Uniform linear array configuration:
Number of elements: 64
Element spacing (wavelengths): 0.25
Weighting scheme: hann
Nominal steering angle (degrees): -60
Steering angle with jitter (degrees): -59.34
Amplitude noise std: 0.05
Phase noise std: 0.05

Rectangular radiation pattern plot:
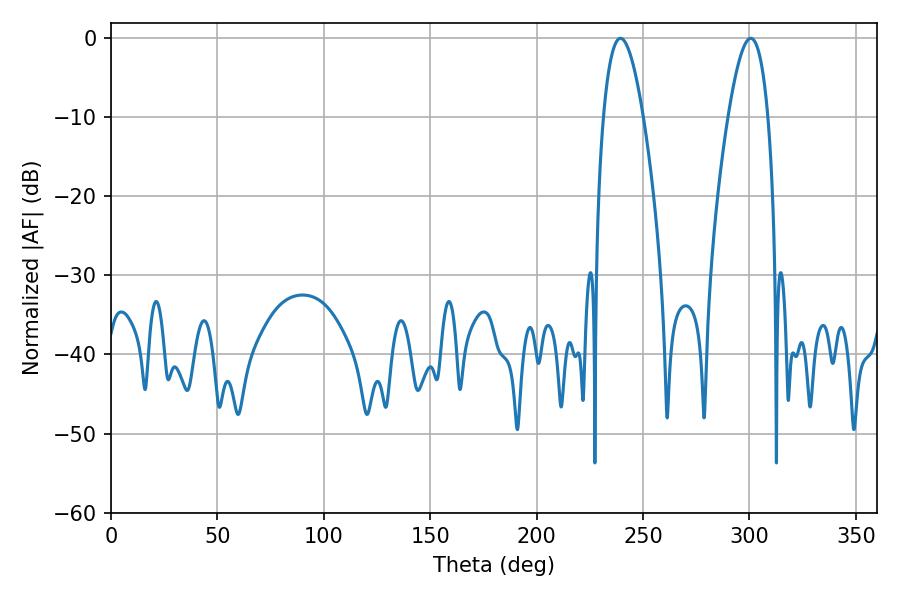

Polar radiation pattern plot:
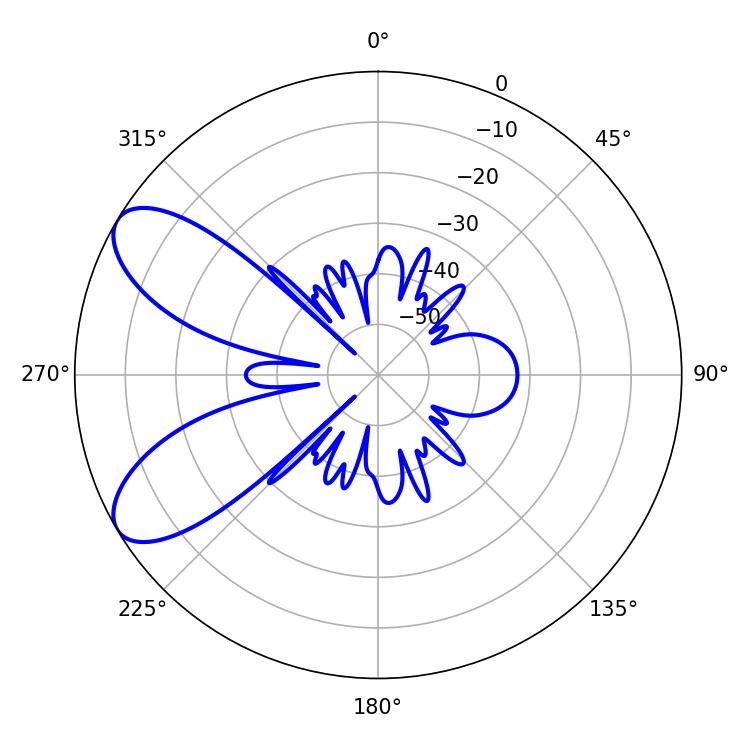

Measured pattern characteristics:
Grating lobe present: FALSE
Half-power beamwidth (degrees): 10.26
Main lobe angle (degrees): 239.4